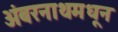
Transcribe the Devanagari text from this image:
अंबरनाथमधून